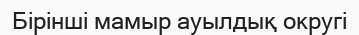
Бірінші мамыр ауылдық округі